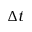
\Delta t